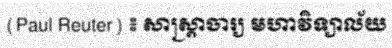
(Paul Reuter) ៖ សាស្ត្រាចារ្យ មហាវិទ្យាល័យ